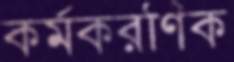
কর্মকরণিক